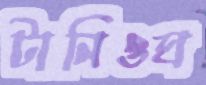
টানিওঘ